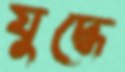
যুদ্ধে